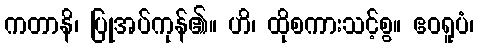
ကတာနိ၊ ပြုအပ်ကုန်၏။ ဟိ၊ ထိုစကားသင့်စွ။ ဧဝရူပံ၊